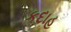
કદાહ